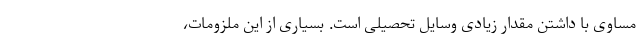
مساوی با داشتن مقدار زیادی وسایل تحصیلی است. بسیاری از این ملزومات،